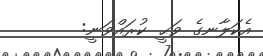
އެކަލާނގެ ވަޙީ ކުރައްވަނީ: